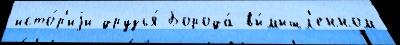
исто́р'иjи друзья́ Борода́ вы́мышл'енном